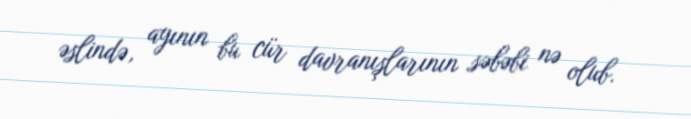
əslində, ayının bu cür davranışlarının səbəbi nə olub.